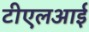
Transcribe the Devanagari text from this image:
टीएलआई